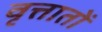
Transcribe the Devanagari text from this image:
वृत्तातों